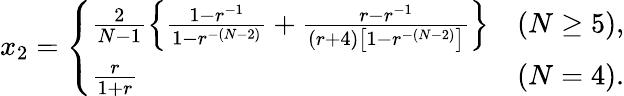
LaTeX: x_{2}=\left\{ \begin{array}{ll}{\frac{2}{N-1}\left\{ \frac{1-r^{-1}}{1-r^{-(N-2)}}+\frac{r-r^{-1}}{(r+4)\left[1-r^{-(N-2)}\right]}\right\} }&{(N\geq 5),}\\ {\frac{r}{1+r}}&{(N=4).}\end{array}\right.